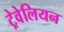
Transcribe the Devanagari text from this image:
ट्रेवेलियन